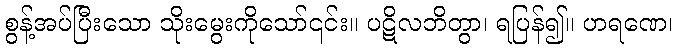
စွန့်အပ်ပြီးသော သိုးမွေးကိုသော်၎င်း။ ပဋိလဘိတွာ၊ ရပြန်၍။ ဟရဏေ၊